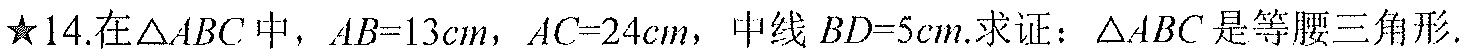
★14.在\(\triangle ABC\) 中，\(AB = 13cm\)，\(AC = 24cm\)，中线 \(BD = 5cm\). 求证：\(\triangle ABC\) 是等腰三角形.